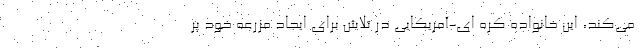
می‌کند، این خانواده کره ای-آمریکایی در تلاش برای ایجاد مزرعه خود پر